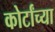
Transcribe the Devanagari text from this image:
कोर्टांच्या